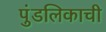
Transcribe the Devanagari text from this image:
पुंडलिकाची